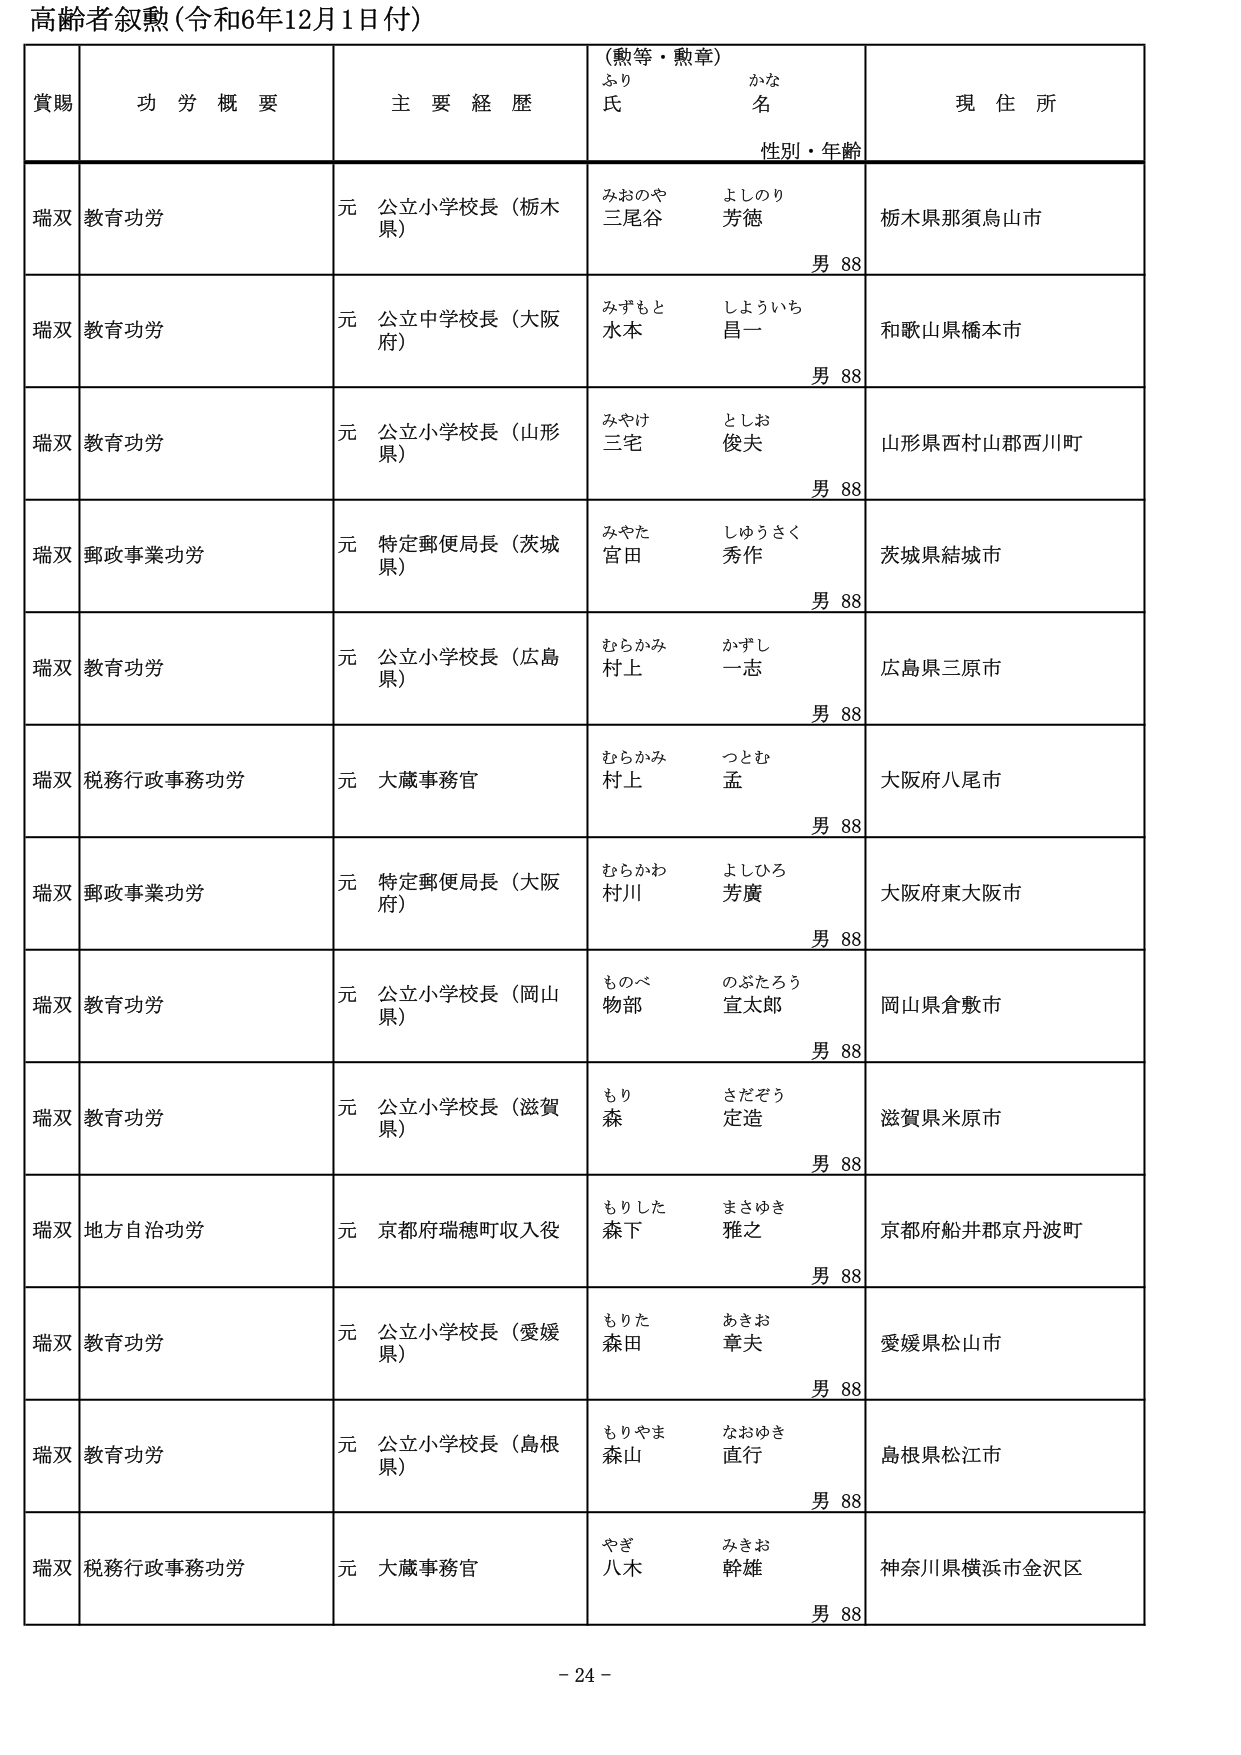
高齢者叙勲（令和6年12月1日付）

賞賜　　功労概要　　主要経歴　　（勲等・勲章）　　現住所
　　　　　　　　　　　　　　ふりがな　　氏名　　性別・年齢

瑞双　教育功労　　元 公立小学校長（栃木県）　　みおのや　よしのり　　栃木県那須烏山市
　　　　　　　　　　　　　　　　　　　　　　三尾谷　芳徳　　　　　　男 88

瑞双　教育功労　　元 公立中学校長（大阪府）　　みずもと　しょういち　　和歌山県橋本市
　　　　　　　　　　　　　　　　　　　　　　水本　　昌一　　　　　　男 88

瑞双　教育功労　　元 公立小学校長（山形県）　　みやけ　　としお　　　　山形県西村山郡西川町
　　　　　　　　　　　　　　　　　　　　　　三宅　　俊夫　　　　　　男 88

瑞双　郵政事業功労　元 特定郵便局長（茨城県）　みやた　　しゅうさく　　茨城県結城市
　　　　　　　　　　　　　　　　　　　　　　宮田　　秀作　　　　　　男 88

瑞双　教育功労　　元 公立小学校長（広島県）　　むらかみ　かずし　　　　広島県三原市
　　　　　　　　　　　　　　　　　　　　　　村上　　一志　　　　　　男 88

瑞双　税務行政事務功労　元 大蔵事務官　　むらかみ　つとむ　　　　大阪府八尾市
　　　　　　　　　　　　　　　　　　　　　　村上　　孟　　　　　　男 88

瑞双　郵政事業功労　元 特定郵便局長（大阪府）　むらかわ　よしひろ　　大阪府東大阪市
　　　　　　　　　　　　　　　　　　　　　　村川　　芳廣　　　　　　男 88

瑞双　教育功労　　元 公立小学校長（岡山県）　　ものべ　　のぶたろう　　岡山県倉敷市
　　　　　　　　　　　　　　　　　　　　　　物部　　宣太郎　　　　　男 88

瑞双　教育功労　　元 公立小学校長（滋賀県）　　もり　　さだぞう　　　　滋賀県米原市
　　　　　　　　　　　　　　　　　　　　　　森　　定造　　　　　　男 88

瑞双　地方自治功労　元 京都府瑞穂町収入役　　もりした　まさゆき　　京都府船井郡京丹波町
　　　　　　　　　　　　　　　　　　　　　　森下　　雅之　　　　　　男 88

瑞双　教育功労　　元 公立小学校長（愛媛県）　　もりた　　あきお　　　　愛媛県松山市
　　　　　　　　　　　　　　　　　　　　　　森田　　章夫　　　　　　男 88

瑞双　教育功労　　元 公立小学校長（島根県）　　もりやま　なおゆき　　島根県松江市
　　　　　　　　　　　　　　　　　　　　　　森山　　直行　　　　　　男 88

瑞双　税務行政事務功労　元 大蔵事務官　　やぎ　　みきお　　　　神奈川県横浜市金沢区
　　　　　　　　　　　　　　　　　　　　　　八木　　幹雄　　　　　　男 88

- 24 -